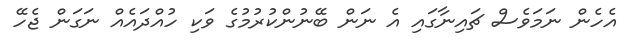
އެހެން ނަމަވެސް ޗައިނާގައި އެ ނަން ބޭނުންކުރުމުގެ ވަކި ހުއްދައެއް ނަގަން ޖެހޭ